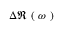
\Delta \Re \mathrm { ~ ( ~ } \omega \mathrm { ~ ) ~ }